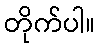
တိုက်ပါ။